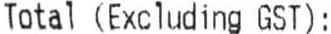
TOTAL (EXCLUDING GST) :